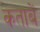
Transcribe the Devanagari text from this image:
कताबें